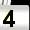
Digit: 4